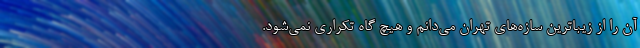
آن را از زیباترین سازه‌های تهران می‌دانم و هیچ گاه تکراری نمی‌شود.